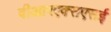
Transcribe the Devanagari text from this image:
वीआरएक्सएसई